Report of an investigation into the causes of the diseases known in Assam as Kála-Azár and Beri-Beri
Disease focus: Beri-Beri
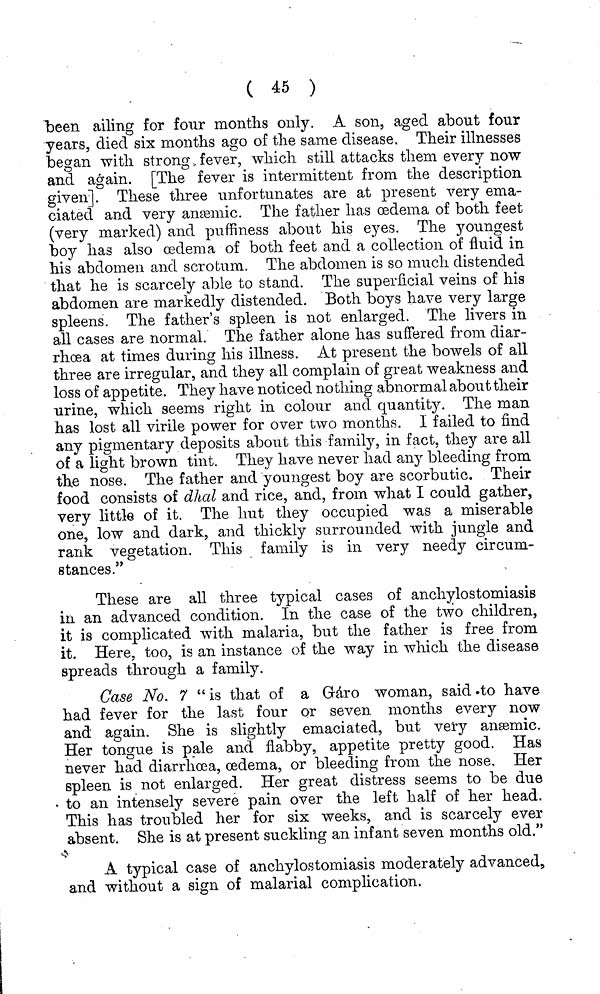
( 45 )
been ailing for four months only. A son, aged about four
years, died six months ago of the same disease. Their illnesses
began with strong, fever, which still attacks them every now
and again. [The fever is intermittent from the description
given]. These three unfortunates are at present very ema-
ciated and very anæmic. The father has oedema of both feet
(very marked) and puffiness about his eyes. The youngest
boy has also oedema of both feet and a collection of fluid in
his abdomen and scrotum. The abdomen is so much distended
that he is scarcely able to stand. The superficial veins of his
abdomen are markedly distended. Both boys have very large
spleens. The father's spleen is not enlarged. The livers in
all cases are normal. The father alone has suffered from diar-
rhoea at times during his illness. At present the bowels of all
three are irregular, and they all complain of great weakness and
loss of appetite. They have noticed nothing abnormal about their
urine, which seems right in colour and quantity. The man
has lost all virile power for over two months. 1 failed to find
any pigmentary deposits about this family, in fact, they are all
of a light brown tint. They have never had any bleeding from
the nose. The father and youngest boy are scorbutic. Their
food consists of dhal and rice, and, from what I could gather,
very little of it. The hut they occupied was a miserable
one, low and dark, and thickly surrounded with jungle and
rank vegetation. This family is in very needy circum-
stances."
These are all three typical cases of anchylostomiasis
in an advanced condition. In the case of the two children,
it is complicated with malaria, but the father is free from
it. Here, too, is an instance of the way in which the disease
spreads through a family.
Case No. 7 "is that of a Gáro woman, said to have
had fever for the last four or seven months every now
and again. She is slightly emaciated, but very anæmic.
Her tongue is pale and flabby, appetite pretty good. Has
never had diarrhœa, oedema, or bleeding from the nose. Her
spleen is not enlarged. Her great distress seems to be due
to an intensely severe pain over the left half of her head.
This has troubled her for six weeks, and is scarcely ever
absent. She is at present suckling an infant seven months old."
A typical case of anchylostomiasis moderately advanced,
and without a sign of malarial complication.